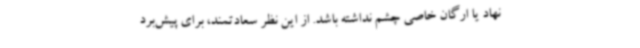
نهاد یا ارگان خاصی چشم نداشته باشد. از این نظر سعادتمند، برای پیش‌برد